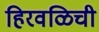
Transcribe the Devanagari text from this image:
हिरवळिची